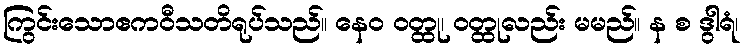
ကြွင်းသောဧကဝီသတိရုပ်သည်။ နေဝ ဝတ္ထု၊ ဝတ္ထုလည်း မမည်။ န စ ဒွါရံ၊